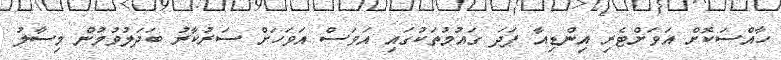
ހާއްސަކޮށް އަވަށްޓެރި އިންޑިއާ ފަދަ ގައުމުތަކުގައި އަވަސް އަވަހަށް ސަރުކާރު ބަދަލުވުމުން މިސާލު